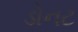
ડોનટ